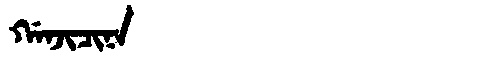
Manchu: ᡤᠠᠨᠵᡳᠴᡳᠨᠠ
Romanization: GANJICINA